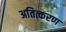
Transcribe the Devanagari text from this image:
अतित्करण